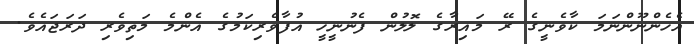
އެހެންނޫންނަމަ ކާވެނީގެ ރޭ މައިރާގެ ލޮލުން ފެނުނީހީ އުފާވެރިކަމުގެ އެންމެ މަތިވެރި ދަރަޖައެވެ.